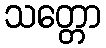
သတ္တော